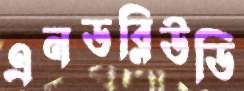
এনডব্লিউডি